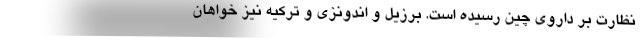
نظارت بر داروی چین رسیده است. برزیل و اندونزی و ترکیه نیز خواهان